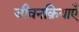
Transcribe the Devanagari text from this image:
जीवनक्रियाएँ